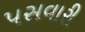
પસવારી